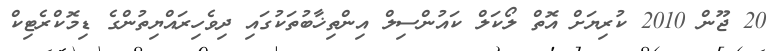
20 ޖޫން 2010 ކުރިޔަށް އޮތް ލޯކަލް ކައުންސިލް އިންތިޚާބުތަކުގައި ދިވެހިރައްޔިތުންގެ ޑިމޮކްރެޓިކް